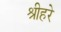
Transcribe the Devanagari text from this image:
श्रीहरे